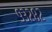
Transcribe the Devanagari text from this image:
९३२८२